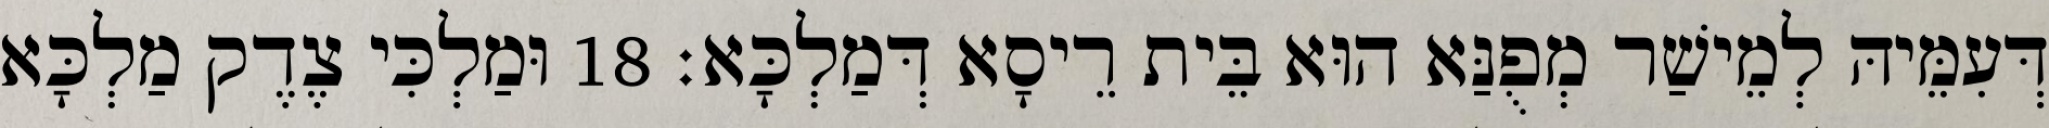
דְּעִמֵּיהּ לְמֵישַׁר מְפֻנַּא הוּא בֵּית רֵיסָא דְּמַלְכָּא׃ 18 וּמַלְכִּי צֶדֶק מַלְכָּא